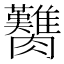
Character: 臡